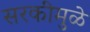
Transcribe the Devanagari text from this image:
सरकीमुळे